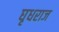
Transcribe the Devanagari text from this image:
घृधराज